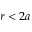
r < 2 a